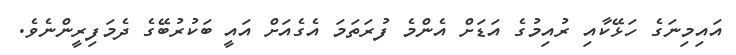
އައިމިނަގެ ހަޅޭކާއި ރުއިމުގެ އަޑަށް އެންމެ ފުރަތަމަ އެގެއަށް އައީ ބަކުރުބޭގެ ދެމަފިރީންނެވެ.